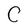
Character: C